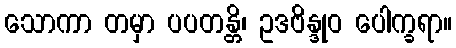
သောကာ တမှာ ပပတန္တိ၊ ဥဒဗိန္ဒုဝ ပေါက္ခရာ။